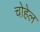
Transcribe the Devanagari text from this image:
चोहेल